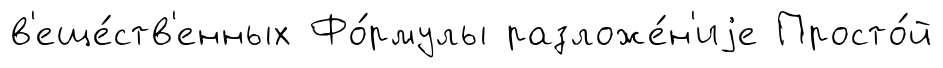
в'еще́ств'енных Фо́рмулы разложе́н'иjе Просто́й